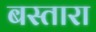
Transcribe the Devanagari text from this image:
बस्तारा